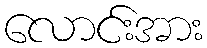
လောင်းအား